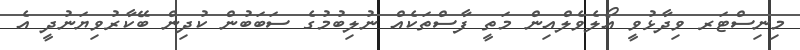
މިނިސްޓަރ ވިދާޅުވީ އޯލެވެލްއިން މަތީ ފާސްތަކެއް ނުލިބުމުގެ ސަބަބުން ކުދިން ބޭކާރުވިޔަނުދީ އެ